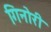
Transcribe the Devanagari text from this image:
गिनोरी